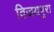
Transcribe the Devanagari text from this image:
विजयपुरा